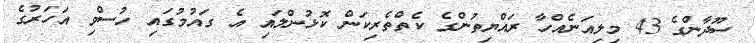
ސޫދާންގެ 43 މިލިއަނެއްހާ ރައްޔިތުންގެ ކެތްތެރިކަން ކޮޅުންލައި އެ ގައުމުގައި ހުސްވި އަހަރުގެ